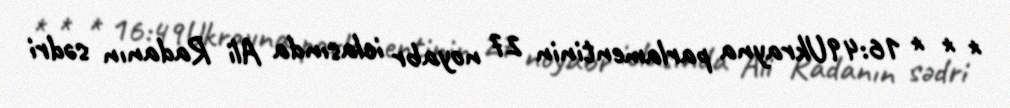
* * * 16:49Ukrayna parlamentinin 27 noyabr iclasında Ali Radanın sədri